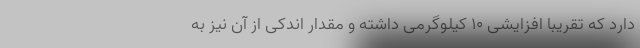
دارد که تقریبا افزایشی 10 کیلوگرمی داشته و مقدار اندکی از آن نیز به